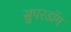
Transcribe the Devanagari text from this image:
सुपरडॉग